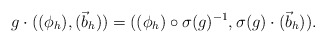
\begin{align*}g\cdot((\phi_{h}),(\vec b_{h}))=((\phi_{h})\circ \sigma(g)^{-1},\sigma(g)\cdot(\vec b_{h})).\end{align*}